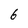
Character: 6